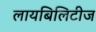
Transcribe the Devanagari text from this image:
लायबिलिटीज